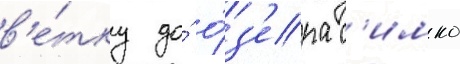
в'е́тку до́ о́з'ера с'имко